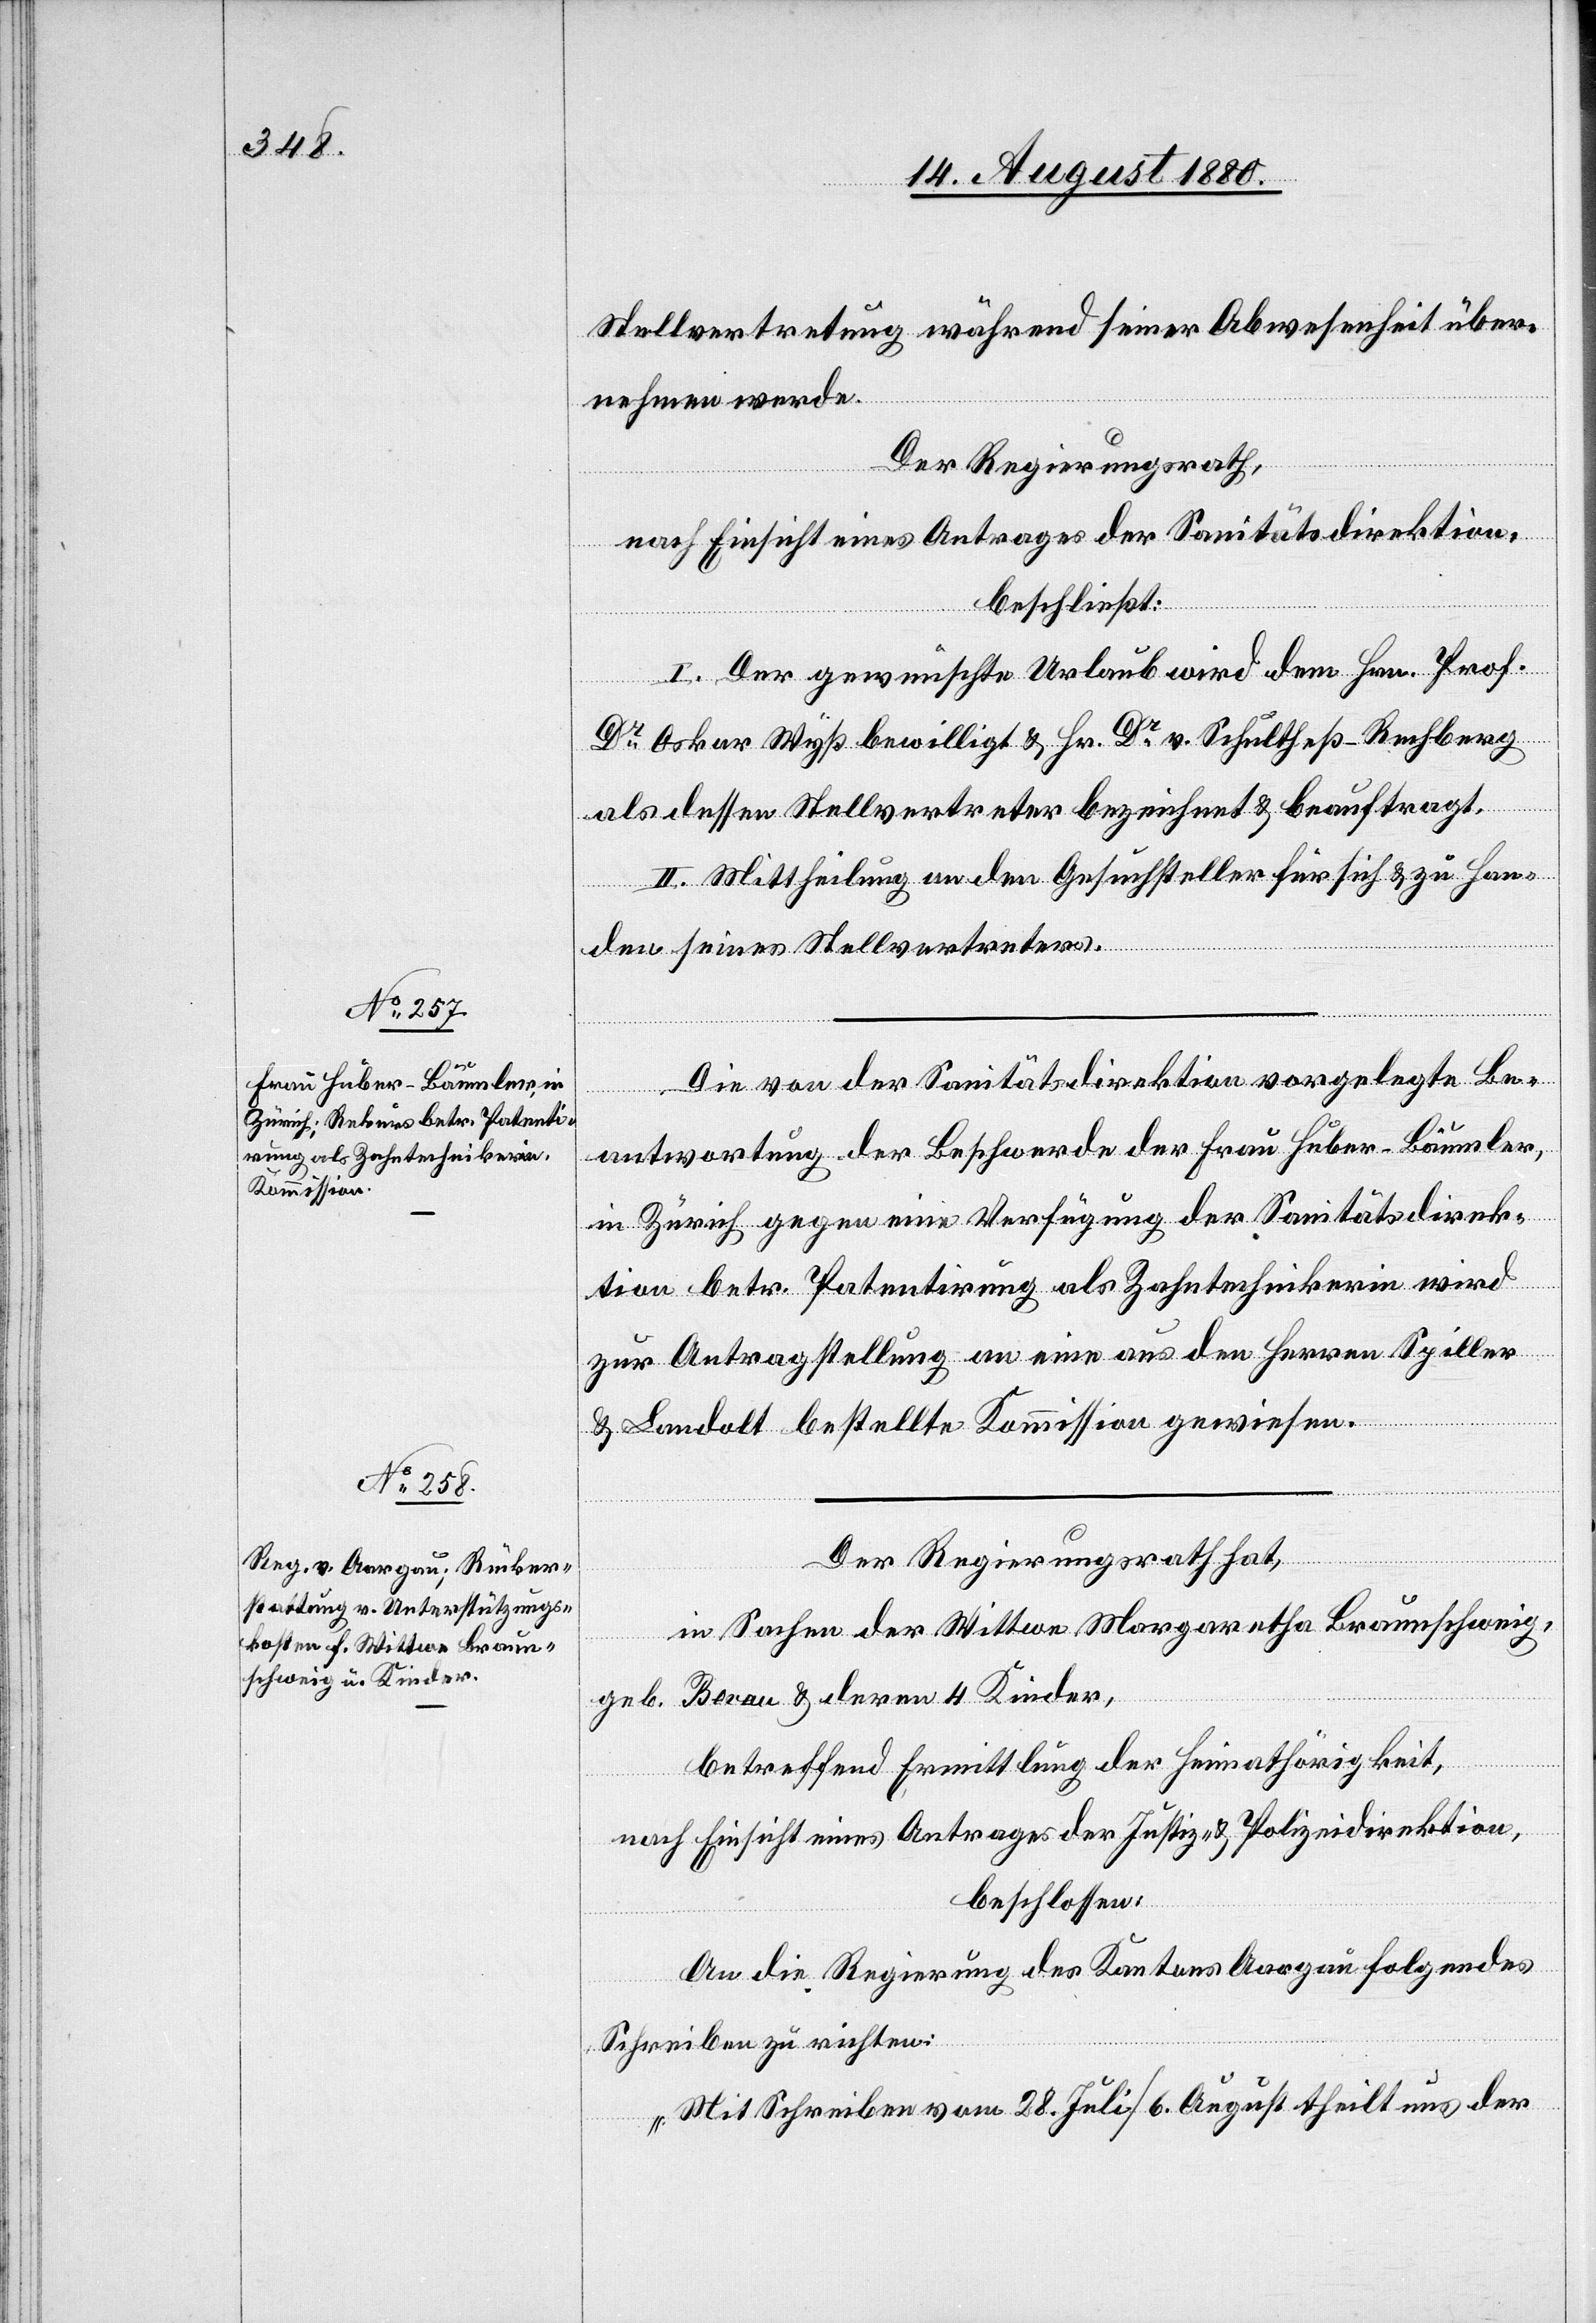
Stellvertretung während seiner Abwesenheit über¬
nehmen werde.
Der Regierungsrath,
nach Einsicht eines Antrages der Sanitätsdirektion,
beschließt:
I. Der gewünschte Urlaub wird dem Hrn. Prof.
Dr Oskar Wyß bewilligt & Hr. Dr v. Schultheß-Rechberg
als dessen Stellvertreter bezeichnet & beauftragt.
II. Mittheilung an den Gesuchsteller für sich & zu Han¬
den seines Stellvertreters.
Die von der Sanitätsdirektion vorgelegte Be¬
antwortung der Beschwerde der Frau Huber-Bäumler,
in Zürich gegen eine Verfügung der Sanitätsdirek¬
tion betr. Patentirung als Zahntechnikerin wird
zur Antragstellung an eine aus den Herren Spiller
& Landolt bestellte Kommission gewiesen.
Der Regierungsrath hat,
in Sachen der Wittwe Margaretha Braunschweig,
geb. Berau & deren 4 Kinder,
betreffend Ermittlung der Heimathörigkeit,
nach Einsicht eines Antrages der Justiz- & Polizeidirektion,
beschlossen:
An die Regierung des Kantons Aargau folgendes
Schreiben zu richten:
„Mit Schreiben vom 28. Juli/6. August theilt uns der